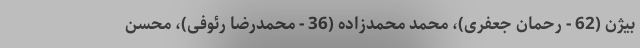
بیژن (62 - رحمان جعفری)، محمد محمدزاده (36 - محمدرضا رئوفی)، محسن